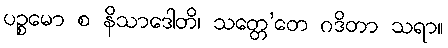
ပဉ္စမော စ နိသာဒေါတိ၊ သတ္တေ’တေ ဂဒိတာ သရာ။